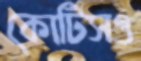
কোটিসও